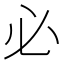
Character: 必